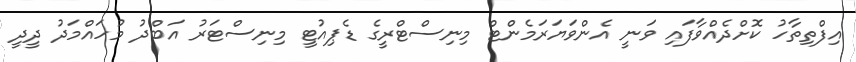
އިފްތިތާހު ކޮށްދެއްވާފައި ވަނީ އެންވަޔަރަމެންޓް މިނިސްޓްރީގެ ޑެޕިއުޓީ މިނިސްޓަރު އަބްދު މުހައްމަދު ދީދީ